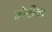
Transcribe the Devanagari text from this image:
मोरीना